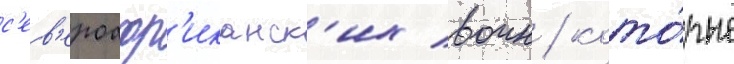
с'ев'ероафр'иканск'их воин / кото́рые